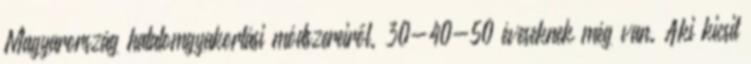
Magyarország hatalomgyakorlási módszereiről. 30-40-50 éveseknek még van. Aki kicsit